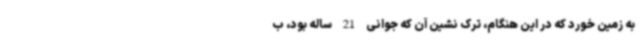
به زمین خورد که در این هنگام، ترک نشین آن که جوانی 21 ساله بود، ب